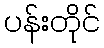
ပန်းတိုင်